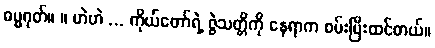
ဓမ္မဂုတ်။ ။ ဟဲဟဲ ... ကိုယ်တော်ရဲ့ ဇွဲသတ္တိကို နေရာက စမ်းပြီးထင်တယ်။